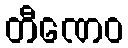
တီဏေဝ